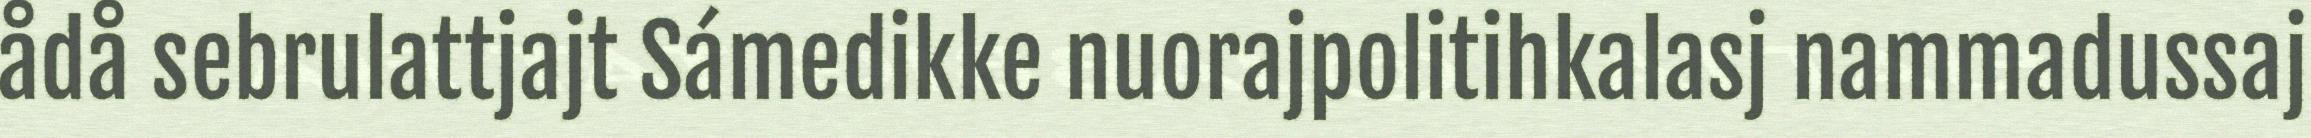
ådå sebrulattjajt Sámedikke nuorajpolitihkalasj nammadussaj